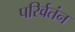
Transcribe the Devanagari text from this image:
परिर्वतंन